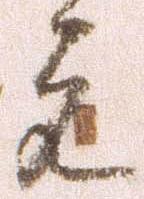
元